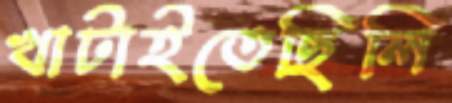
খাটাইতেছিলি